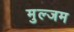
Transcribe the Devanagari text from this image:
मुल्जम